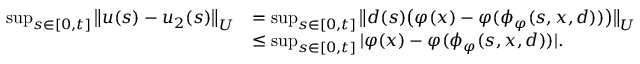
\begin{array} { r l } { \operatorname* { s u p } _ { s \in [ 0 , t ] } \big \| u ( s ) - u _ { 2 } ( s ) \big \| _ { U } } & { = \operatorname* { s u p } _ { s \in [ 0 , t ] } \big \| d ( s ) \big ( \varphi ( x ) - \varphi ( \phi _ { \varphi } ( s , x , d ) ) \big ) \big \| _ { U } } \\ & { \leq \operatorname* { s u p } _ { s \in [ 0 , t ] } | \varphi ( x ) - \varphi ( \phi _ { \varphi } ( s , x , d ) ) | . } \end{array}